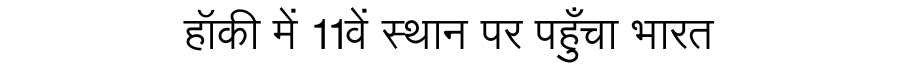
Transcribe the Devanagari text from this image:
हॉकी में 11वें स्थान पर पहुँचा भारत